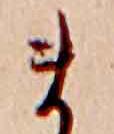
ま